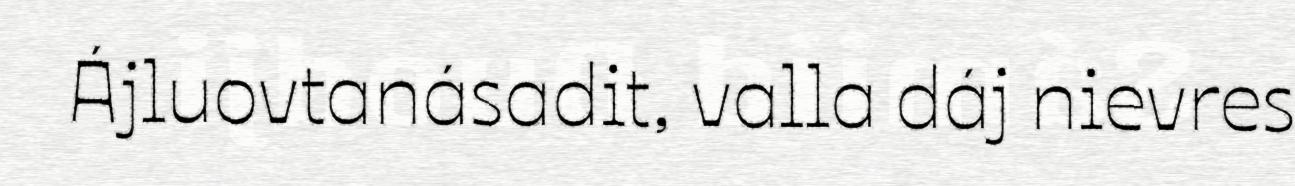
Ájluovtanásadit, valla dáj nievres